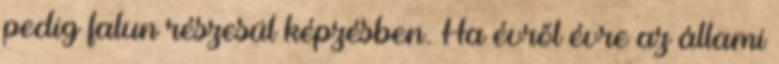
pedig falun részesül képzésben. Ha évről évre az állami